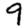
Digit: 9